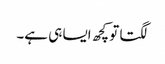
لگتا تو کچھ ایسا ہی ہے۔